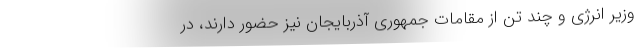
وزیر انرژی و چند تن از مقامات جمهورى آذربایجان نیز حضور دارند، در